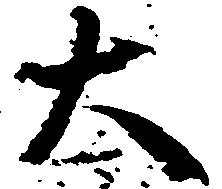
大